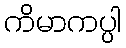
ကိမာကပ္ပါ